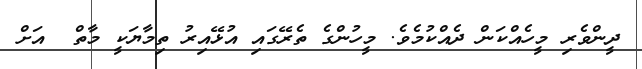
ދީންވެރި މީހެއްކަން ދެއްކުމެވެ. މީހުންގެ ތެރޭގައި އުޅޭއިރު ތިމާޔަކީ މާތް  އަށް